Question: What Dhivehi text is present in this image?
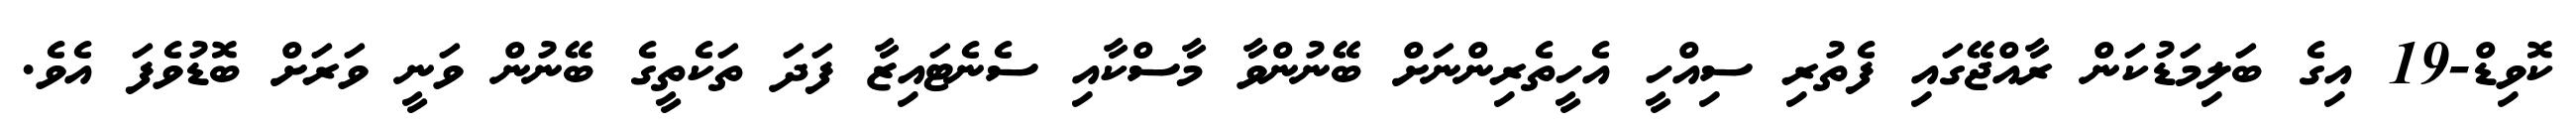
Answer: ކޮވިޑް-19 އިގެ ބަލިމަޑުކަން ރާއްޖޭގައި ފެތުރި ސިއްހީ އެހީތެރިންނަށް ބޭނުންވާ މާސްކާއި ސެނެޓައިޒާ ފަދަ ތަކެތީގެ ބޭނުން ވަނީ ވަރަށް ބޮޑުވެފަ އެވެ.